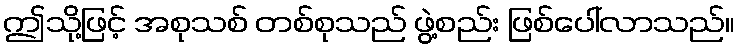
ဤသို့ဖြင့် အစုသစ် တစ်စုသည် ဖွဲ့စည်း ဖြစ်ပေါ်လာသည်။